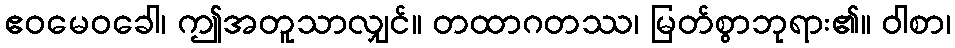
ဧဝမေဝခေါ၊ ဤအတူသာလျှင်။ တထာဂတဿ၊ မြတ်စွာဘုရား၏။ ဝါစာ၊